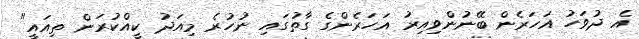
އެ ދުވަހު އަހަރެން ބޭނުންވިއިރު އަހަރެންގެ ގާތުގައި ނުހުރެ މިއަދު ކީއްކުރަން ތިއައީ"